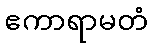
ဧကာရာမတံ